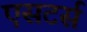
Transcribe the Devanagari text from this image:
एसटर्स